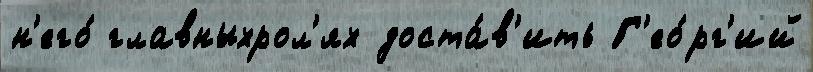
н'его́ главныхрол'ях доста́в'ить Г'ео́рг'ий